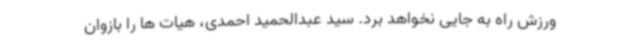
ورزش راه به جایی نخواهد برد. سید عبدالحمید احمدی، هیات ها را بازوان